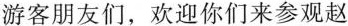
游客朋友们，欢迎你们来参观赵